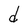
Character: d